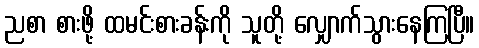
ညစာ စားဖို့ ထမင်းစားခန်းကို သူတို့ လျှောက်သွားနေကြပြီ။